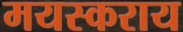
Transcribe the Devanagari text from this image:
मयस्कराय